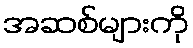
အဆစ်များကို